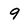
Character: 9